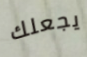
يجعلك